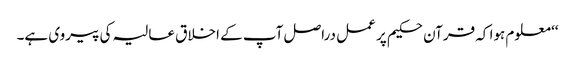
‘‘ معلوم ہوا کہ قرآن حکیم پر عمل دراصل آپ کے اخلاق عالیہ کی پیروی ہے۔